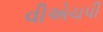
વીએચપી